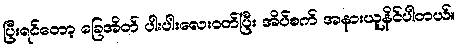
ပြီးရင်တော့ ခြေအိတ် ပါးပါးလေးဝတ်ပြီး အိပ်စက် အနားယူနိင်ပါတယ်။